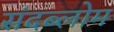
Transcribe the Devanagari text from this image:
संदब्लोम